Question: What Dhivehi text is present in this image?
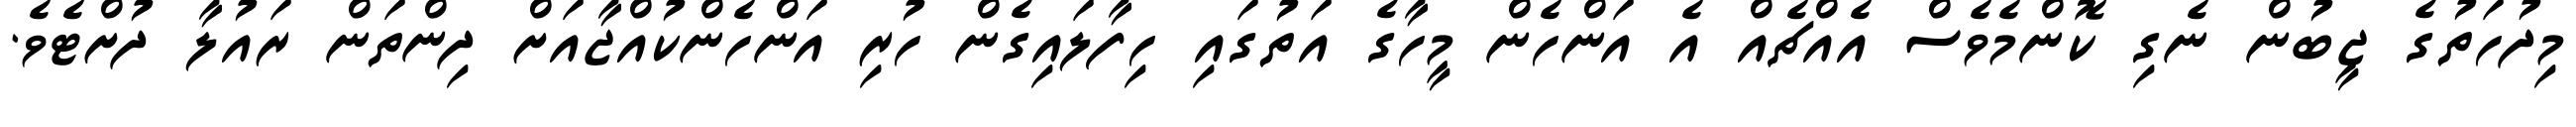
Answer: މިދުހަތުގެ ޖީބުން ނެގި ކޮންމެވެސް އެއްޗެއް އެ އަންހެން މީހާގެ އަތުގައި ހިފާލައިގެން ހުރި އަންހެންކުއްޖާއަށް ދިންތަން ރައުލާ ދުށްޓެވެ.